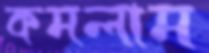
কমলাম